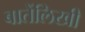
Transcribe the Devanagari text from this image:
बातेंलिखी